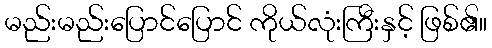
မည်းမည်းပြောင်ပြောင် ကိုယ်လုံးကြီးနှင့် ဖြစ်၏။